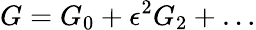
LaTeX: G=G_{0}+\epsilon^{2}G_{2}+\dots